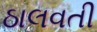
ઠાલવતી